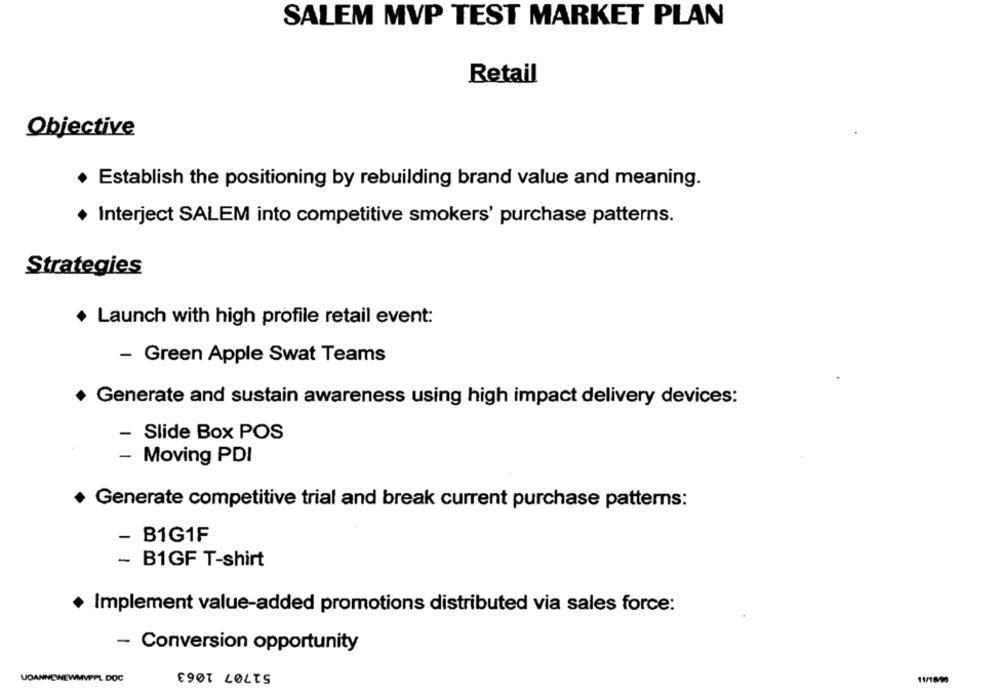
SALEM MVP TEST MARKET PLAN
Retail
Objective
Establish the positioning by rebuilding brand value and meaning.
Interject SALEM into competitive smokers' purchase patterns.
Strategies
Launch with high profile retail event:
- Green Apple Swat Teams
Generate and sustain awareness using high impact delivery devices:
-
Slide Box POS
- Moving PDI
+ Generate competitive trial and break current purchase patterns:
- B1G1F
- B1GF T-shirt
+ Implement value-added promotions distributed via sales force:
- Conversion opportunity
51707 1063
UOANNEWEWMVPPL DOC
11/18/90